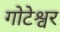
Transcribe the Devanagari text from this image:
गोटेश्वर